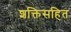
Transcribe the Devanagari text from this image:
शक्तिसहित